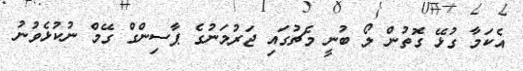
އެކަމާ ގުޅޭ ގޮތުން ލޯ ބުނީ މެޗުގައި ޖަރުމަނުގެ ޕާސިންގް ގޭމް ނުކުޅެވުނު